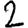
Digit: 2